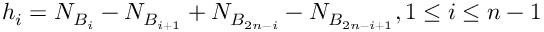
h _ { i } = N _ { B _ { i } } - N _ { B _ { i + 1 } } + N _ { B _ { 2 n - i } } - N _ { B _ { 2 n - i + 1 } } , 1 \leq i \leq n - 1